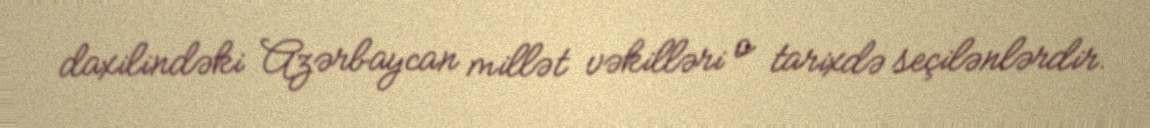
daxilindəki Azərbaycan millət vəkilləri o tarixdə seçilənlərdir.